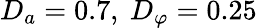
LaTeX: D_{a}=0.7,~D_{\varphi}=0.25